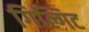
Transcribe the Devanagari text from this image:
गिल्गिट